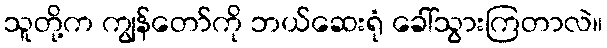
သူတို့က ကျွန်တော်ကို ဘယ်ဆေးရုံ ခေါ်သွားကြတာလဲ။